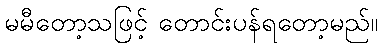
မမီတော့သဖြင့် တောင်းပန်ရတော့မည်။